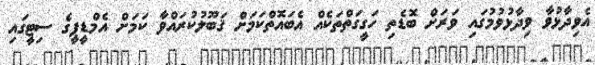
އެވިދާޅުވާ ވިދާޅުވުމުގައި ވަރަށް ބޮޑެތި ހަގީގަތްތަކެއް އެބައޮތްކަމަށް ޤަބޫލުކުރައްވާ ކަމަށް އެމްޑީޕީގެ ސިޓީގައި